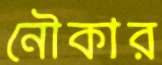
নৌকার